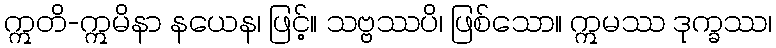
ဣတိ-ဣမိနာ နယေန၊ ဖြင့်။ သဗ္ဗဿပိ၊ ဖြစ်သော။ ဣမဿ ဒုက္ခဿ၊